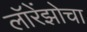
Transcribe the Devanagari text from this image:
लॉरेंझोचा